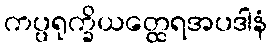
ကပ္ပရုက္ခိယတ္ထေရအပဒါနံ